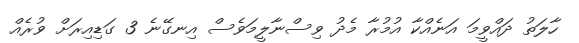
ހާލަތު ދައްވީމަ އަނެއްކާ އުމުރާ މެދު ވިސްނާލީމަވެސް އިނގޭނެ 3 ގަޑިއިރަށް ވުރެއް